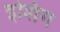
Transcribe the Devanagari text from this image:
इशिंग